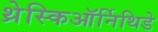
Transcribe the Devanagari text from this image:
थ्रेस्किऑर्निथिडे